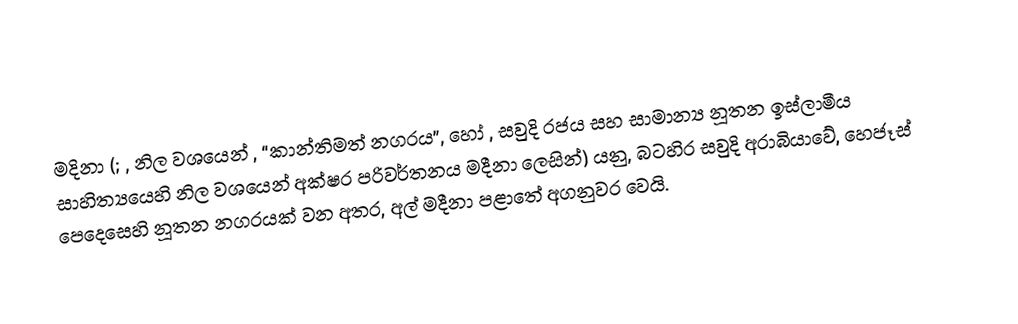
මදිනා (; , නිල වශයෙන් , “කාන්තිමත් නගරය”, හෝ  , සවුදි රජය සහ සාමාන්‍ය නූතන ඉස්ලාමීය සාහිත්‍යයෙහි නිල වශයෙන් අක්ෂර පරිවර්තනය මදීනා ලෙසින්) යනු, බටහිර සවුදි අරාබියාවේ, හෙජෑස් පෙදෙසෙහි නූතන නගරයක් වන අතර, අල් මදීනා පළාතේ අගනුවර වෙයි.